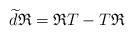
LaTeX: \begin{align*}\widetilde{d}\mathfrak{R}=\mathfrak{R}T-T\mathfrak{R}\end{align*}